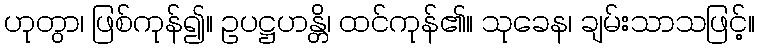
ဟုတွာ၊ ဖြစ်ကုန်၍။ ဥပဋ္ဌဟန္တိ၊ ထင်ကုန်၏။ သုခေန၊ ချမ်းသာသဖြင့်။